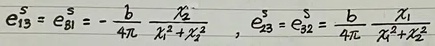
$\epsilon_{13}^{\mathrm{s}}=\epsilon_{31}^{\mathrm{s}}=-\frac{b}{4 \pi} \frac{x_{2}}{x_{1}^{2}+x_{2}^{2}}, \quad \epsilon_{23}^{\mathrm{s}}=\epsilon_{32}^{\mathrm{s}}=\frac{b}{4 \pi} \frac{x_{1}}{x_{1}^{2}+x_{2}^{2}}$